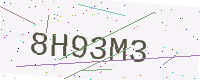
Text: 8H93M3